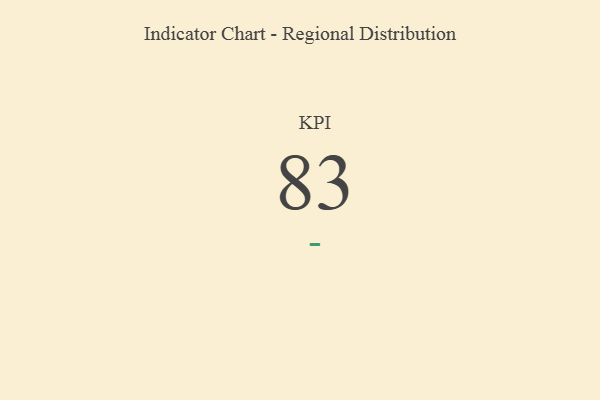
{"axis": {"x": "KPI", "y": "Value"}, "legend": [""], "data": [{"x": "KPI", "y": 83, "type": ""}]}